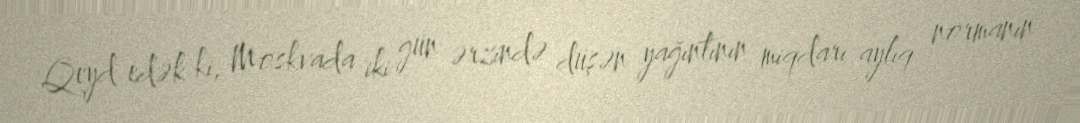
Qeyd edək ki, Moskvada iki gün ərzində düşən yağıntının miqdarı aylıq normanın